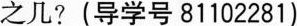
之几?(导学号81102281)